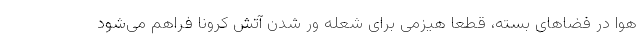
هوا در فضاهای بسته، قطعا هیزمی برای شعله ور شدن آتش کرونا فراهم می‌شود